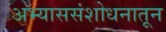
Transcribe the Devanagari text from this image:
अभ्याससंशोधनातून